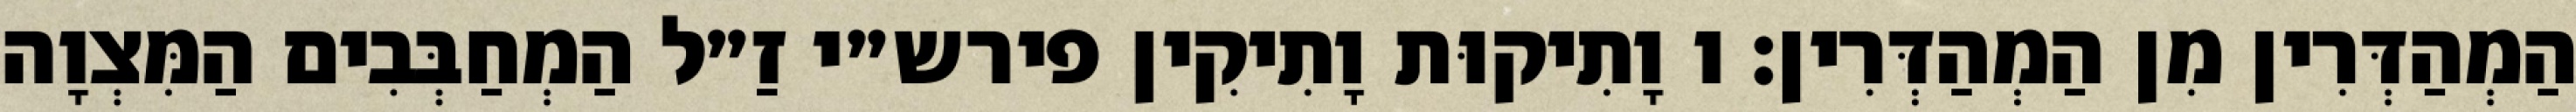
הַמְהַדְּרִין מִן הַמְהַדְּרִין: ו וָתִיקוּת וָתִיקִין פירש״י זַ״ל הַמְחַבְּבִים הַמִּצְוָה